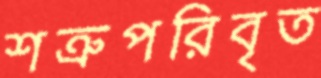
শত্রুপরিবৃত